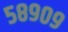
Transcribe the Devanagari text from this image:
५८९०९